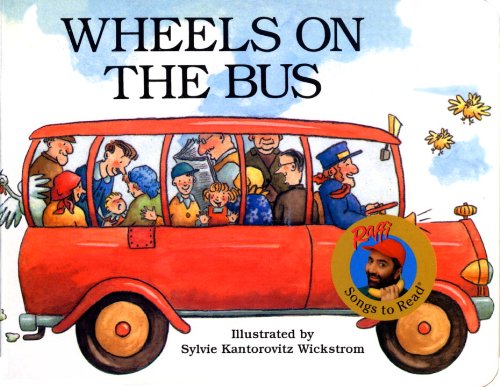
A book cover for Wheels on the Bus (Raffi Songs to Read); Raffi; Humor & Entertainment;